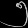
Digit: ၅